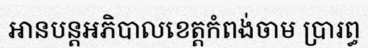
អានបន្តអភិបាលខេត្តកំពង់ចាម ប្រារព្ធ